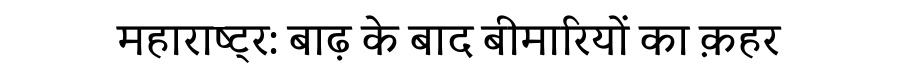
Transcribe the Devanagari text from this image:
महाराष्ट्र: बाढ़ के बाद बीमारियों का क़हर